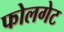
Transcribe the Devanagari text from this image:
फोलगेट